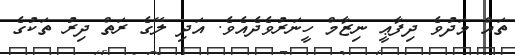
ތައް މަދުވެ ދިފާޢީ ނިޒާމް ހީނަރުވެދެއެވެ. އަދި ލޭގެ ރަތް ދިރު ތަކުގެ